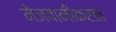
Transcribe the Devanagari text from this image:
मेजवानीकरता